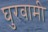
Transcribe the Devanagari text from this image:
घुरवामी